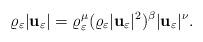
LaTeX: \begin{align*} \varrho_\varepsilon|\mathbf u_\varepsilon|=\varrho_\varepsilon^\mu (\varrho_\varepsilon|\mathbf u_\varepsilon|^2)^\beta |\mathbf u_\varepsilon|^\nu.\end{align*}